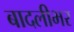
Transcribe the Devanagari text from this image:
बादलीभर